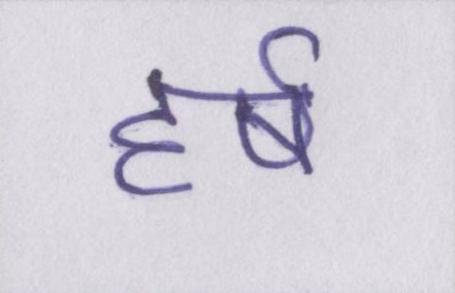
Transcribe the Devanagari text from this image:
हर्ष